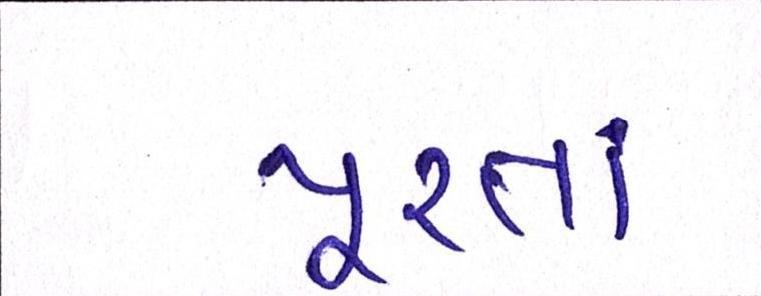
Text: પુરતાં